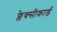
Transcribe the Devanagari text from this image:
फ्लेक्सीकार्ड